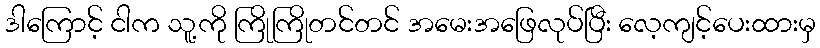
ဒါကြောင့် ငါက သူ့ကို ကြိုကြိုတင်တင် အမေးအဖြေလုပ်ပြီး လေ့ကျင့်ပေးထားမှ